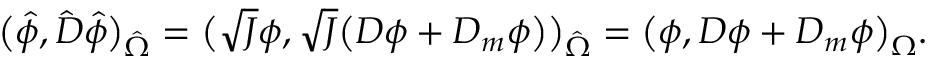
\big ( \hat { \phi } , \hat { D } \hat { \phi } \big ) _ { \hat { \Omega } } = \big ( \sqrt { J } \phi , \sqrt { J } \big ( D \phi + D _ { m } \phi \big ) \big ) _ { \hat { \Omega } } = \big ( \phi , D \phi + D _ { m } \phi \big ) _ { \Omega } .